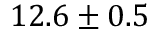
1 2 . 6 \pm 0 . 5